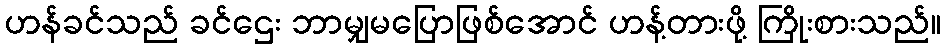
ဟန်ခင်သည် ခင်ဌေး ဘာမျှမပြောဖြစ်အောင် ဟန့်တားဖို့ ကြိုးစားသည်။